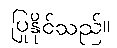
ပြုနိုင်သည်။